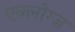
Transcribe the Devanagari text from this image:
एक्लोग्ज़